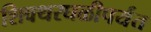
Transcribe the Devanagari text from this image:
शिवथरघळीपर्यंत